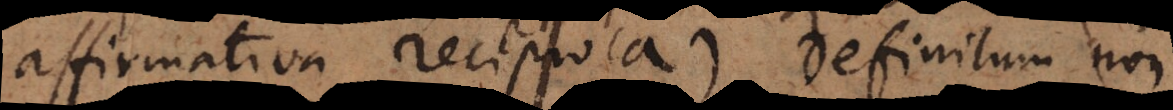
affirmativa reciproca) definitum non